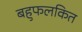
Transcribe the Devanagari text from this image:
बहुफलकित